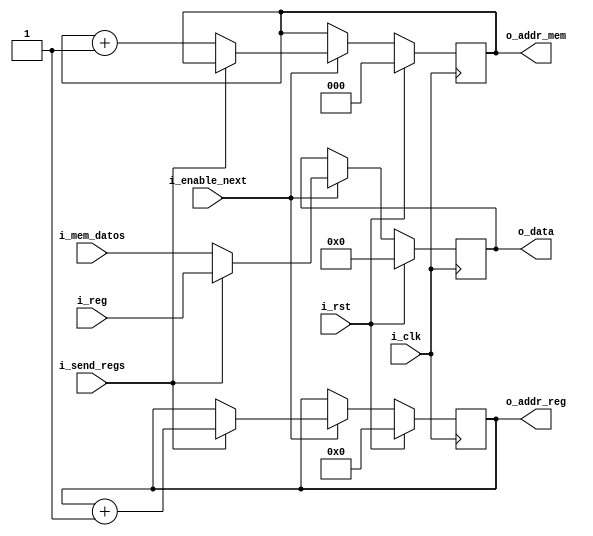
`timescale 1ns / 1ps
//////////////////////////////////////////////////////////////////////////////////
// Company: 
// Engineer: 
// 
// Design Name: 
// Module Name: recolector
// Project Name: 
// Target Devices: 
// Tool Versions: 
// Description: 
// 
// Dependencies: 
// 
// Revision:
// Revision 0.01 - File Created
// Additional Comments:
// 
//////////////////////////////////////////////////////////////////////////////////


module recolector
#(
    parameter LEN = 32,
    parameter CANT_REG = 16,
    parameter CANT_MEM = 8        
)
(
    input i_clk,
    input i_rst,
    input [LEN-1:0] i_reg,
    input [LEN-1:0] i_mem_datos,
    input i_enable_next,
    input i_send_regs,
    output reg [$clog2(CANT_REG)-1:0] o_addr_reg,
    output reg [$clog2(CANT_MEM)-1:0] o_addr_mem,
    output reg [LEN-1:0] o_data    
);

always @(posedge i_clk) begin
    if (i_rst) begin
        o_addr_reg <= 0;
        o_addr_mem <= 0;
        o_data <= 0;
    end
    else if (i_enable_next) begin
        if (i_send_regs) begin
            o_addr_mem <= o_addr_mem;
            o_data <= i_reg;
            o_addr_reg <= o_addr_reg + 1;
        end 
        else begin
            o_addr_reg <= o_addr_reg;
            o_data <= i_mem_datos;    		 	    			
            o_addr_mem <= o_addr_mem + 1;
        end
    end
end

endmodule